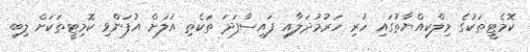
ކޮމެޓީތަކުގެ މިލްކިއްޔާތުގައި ހުރި ހަރުމުދަލާއި ފައިސާފަދަ ތަކެތި އަލަށް އުފަންވި ކޮމިޓީތަކަށް ލިބި